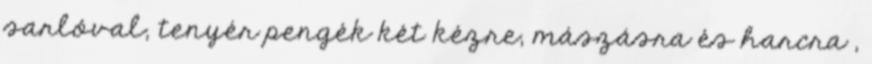
sarlóval, tenyér pengék két kézre, mászásra és harcra ,